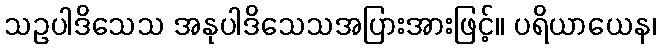
သဥပါဒိသေသ အနုပါဒိသေသအပြားအားဖြင့်။ ပရိယာယေန၊